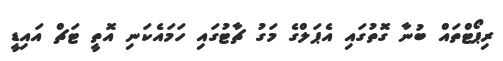
ރިޕޯޓްތައް ބުނާ ގޮތުގައި އެޕަލްގެ މަގު ޗާޓުގައި ހަމައެކަނި އޮތީ ޓަޗް އައިޑީ